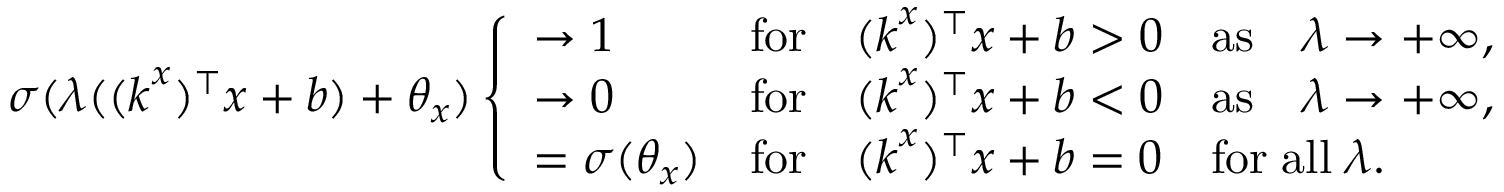
\sigma ( \lambda ( ( \boldsymbol { k } ^ { x } ) ^ { \top } \boldsymbol { x } + b ) + \theta _ { x } ) \left\{ \begin{array} { l l } { \to 1 } & { \mathrm { f o r } \quad ( \boldsymbol { k } ^ { x } ) ^ { \top } \boldsymbol { x } + b > 0 \quad \mathrm { a s } \quad \lambda \to + \infty , } \\ { \to 0 } & { \mathrm { f o r } \quad ( \boldsymbol { k } ^ { x } ) ^ { \top } \boldsymbol { x } + b < 0 \quad \mathrm { a s } \quad \lambda \to + \infty , } \\ { = \sigma ( \theta _ { x } ) } & { \mathrm { f o r } \quad ( \boldsymbol { k } ^ { x } ) ^ { \top } \boldsymbol { x } + b = 0 \quad \mathrm { f o r } \; \mathrm { a l l } \; \lambda . } \end{array} \right.